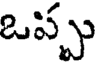
ఒప్పు